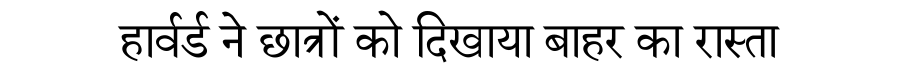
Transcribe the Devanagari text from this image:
हार्वर्ड ने छात्रों को दिखाया बाहर का रास्ता